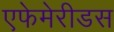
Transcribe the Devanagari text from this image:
एफेमेरीडस